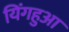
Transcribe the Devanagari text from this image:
यिंगहुआ